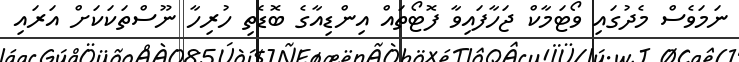
ނަމަވެސް މެދުގައި ވޯޓަމާކް ޖަހާފައިވާ ފޮޓޯތައް އިންޑިއާގެ ބޮޑެތި ހުރިހާ ނޫސްތަކަކަށް އަރައި